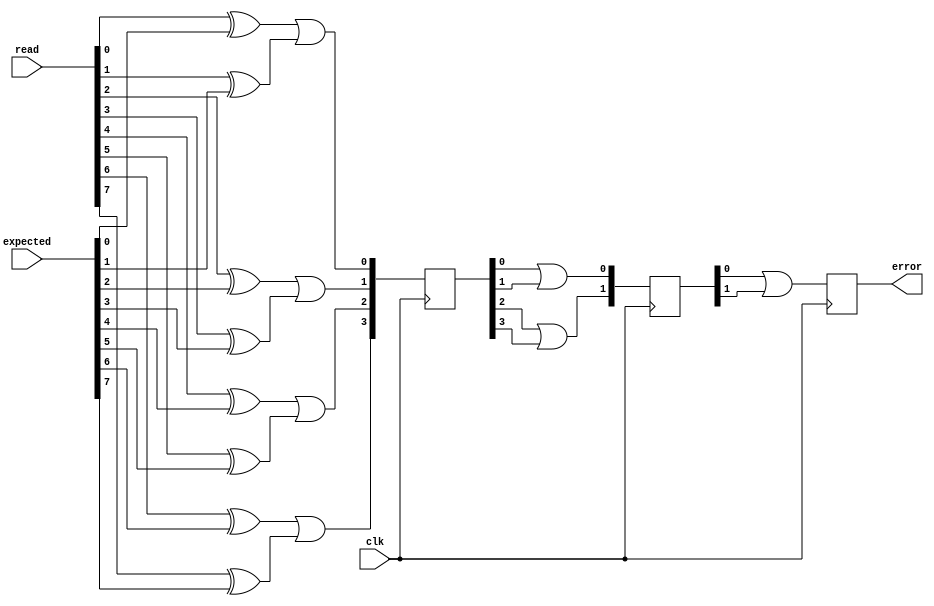
module error_check_tree (
	input clk,
	input [7:0] read,
	input [7:0] expected,
	output error
);
	reg [3:0] errors_one;
	reg [1:0] errors_two;
	reg total_error;
	assign error = total_error;

	always @(posedge clk) begin
		errors_one[0] <= (read[0] ^ expected[0]) | (read[1] ^ expected[1]);
		errors_one[1] <= (read[2] ^ expected[2]) | (read[3] ^ expected[3]);
		errors_one[2] <= (read[4] ^ expected[4]) | (read[5] ^ expected[5]);
		errors_one[3] <= (read[6] ^ expected[6]) | (read[7] ^ expected[7]);
		errors_two[0] <= errors_one[0] | errors_one[1];
		errors_two[1] <= errors_one[2] | errors_one[3];
		total_error <= errors_two[0] | errors_two[1];
	end

endmodule